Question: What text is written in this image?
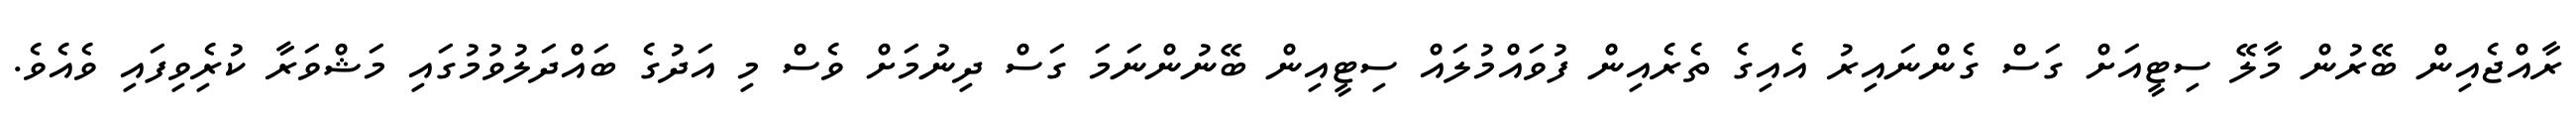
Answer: ރާއްޖެއިން ބޭރުން މާލޭ ސިޓީއަށް ގަސް ގެންނައިރު އެއިގެ ތެރެއިން ފުވައްމުލައް ސިޓީއިން ބޭނުންނަމަ ގަސް ދިނުމަށް ވެސް މި އަދުގެ ބައްދަލުވުމުގައި މަޝްވަރާ ކުރެިވިފައި ވެއެވެ.